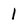
Character: 1